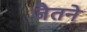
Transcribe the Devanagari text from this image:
जैतने